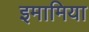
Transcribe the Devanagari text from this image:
इमामिया